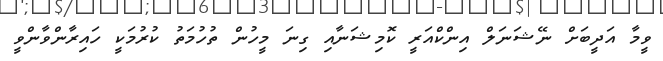
ވީމާ އަދީބަށް ނޭޝަނަލް އިންކްއަރީ ކޮމިޝަނާއި ގިނަ މީހުން ތުހުމަތު ކުުރުމަކީ ހައިރާންވާންވީ